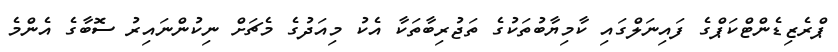
ޕްރެޒިޑެންޓްކަޕްގެ ފައިނަލްގައި ކާމިޔާބުތަކުގެ ތަޖުރިބާތަކާ އެކު މިއަދުގެ މެޗަށް ނިކުންނައިރު ސޮބާގެ އެންމެ